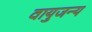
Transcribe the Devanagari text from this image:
वायुजन्य